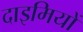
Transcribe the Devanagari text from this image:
दाइमियों